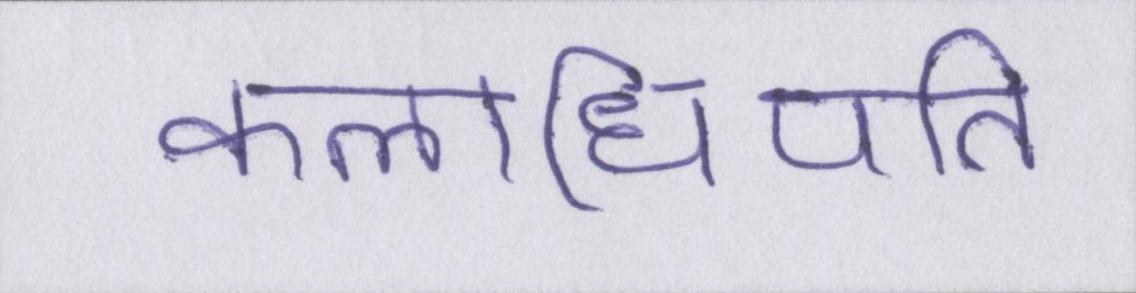
कलाधिपति